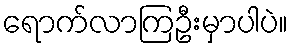
ရောက်လာကြဦးမှာပါပဲ။